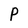
Character: P